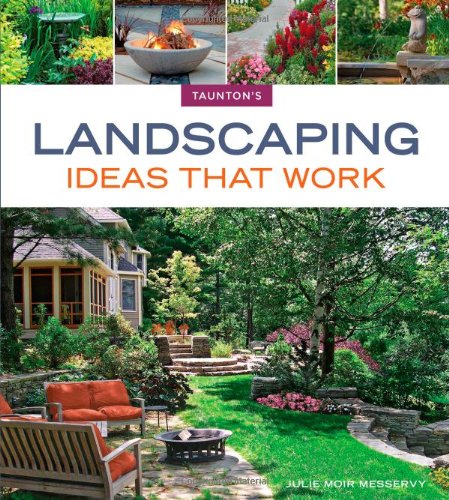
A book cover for Landscaping Ideas that Work (Taunton's Ideas That Work); Julie Moir Messervy; Crafts, Hobbies & Home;